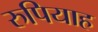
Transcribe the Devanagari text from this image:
रुपियाह